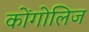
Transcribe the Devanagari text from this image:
कोंगोलिज